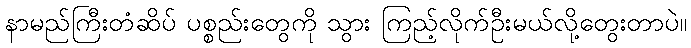
နာမည်ကြီးတံဆိပ် ပစ္စည်းတွေကို သွား ကြည့်လိုက်ဦးမယ်လို့တွေးတာပဲ။